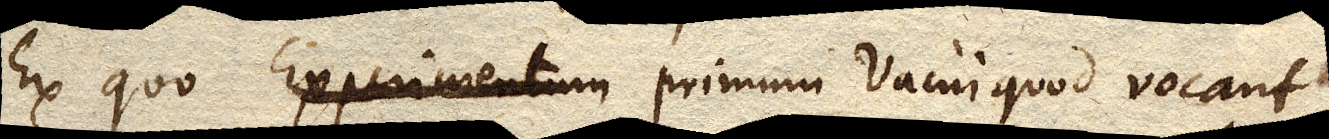
Ex quo primum Vacui quod vocant